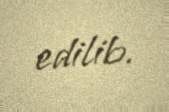
edilib.